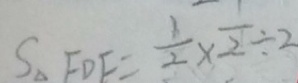
S _ { \Delta } F D E = \frac { 1 } { 2 } \times \frac { 1 } { 2 } \div 2